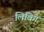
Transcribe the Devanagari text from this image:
लिविग